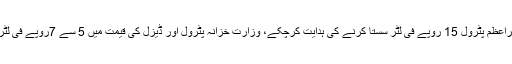
ذرائع کے مطابق وزیراعظم پٹرول 15 روپے فی لٹر سستا کرنے کی ہدایت کرچکے، وزارت خزانہ پٹرول اور ڈیزل کی قیمت میں 5 سے 7روپے فی لٹر کمی کرنا چاہتی ہے۔